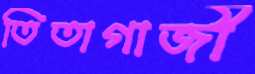
তিতাগাজী